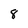
Character: 8